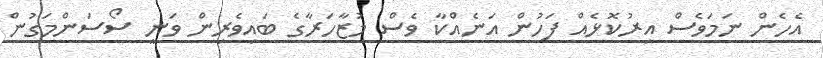
އެހެން ނަމަވެސް އިރުކޮޅެއް ފަހުން އަނެއްކާ ވެސް މުޒާހަރާގެ ބައިވެރިން ވަނީ ސޯސަންމަގުން